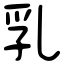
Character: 乳